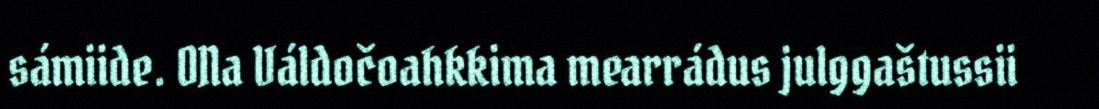
sámiide. ONa Váldočoahkkima mearrádus julggaštussii